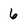
Character: 6